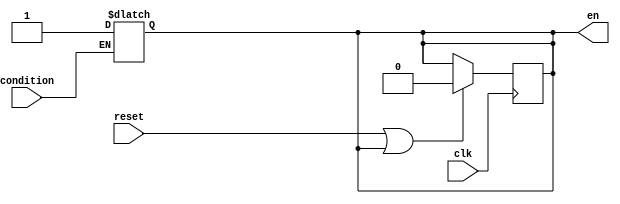
module toggle (
    input clk, reset, condition,
    output reg en
);
//    initial en = 0; // by default enable is at low
    always @ (*) if (condition) en = 1;
    always @ (posedge clk) begin
        //reset toggle the cycle after or at synchronous reset

        if (reset || en) en<= 0; 
    end



endmodule